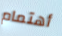
أهتمام